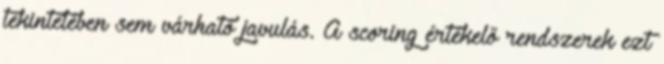
tekintetében sem várható javulás. A scoring értékelő rendszerek ezt